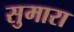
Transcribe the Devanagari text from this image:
सुमारा